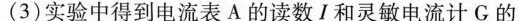
(3)实验中得到电流表A的读数I和灵敏电流计G的